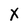
Character: X